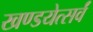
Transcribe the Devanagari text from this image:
खण्डयेत्सर्वं